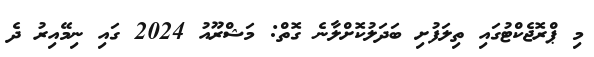
މި ޕްރޮޖެކްޓުގައި ތިލަފުށި ބަދަލުކޮށްލާނެ ގޮތް: މަޝްރޫއު 2024 ގައި ނިމޭއިރު ދެ